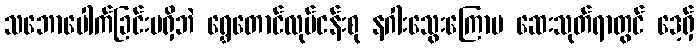
သဘောပေါက်ခြင်းမရှိဘဲ ရွှေတောင်လုပ်ငန်းစု နဂါးသွေးကြောမ ဆေးသုတ်ရာတွင် ဒေ့ရှ်